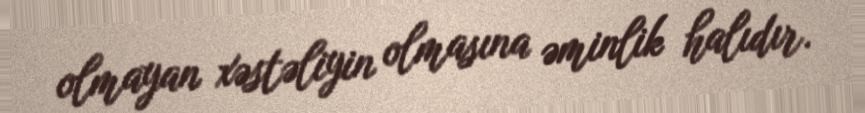
olmayan xəstəliyin olmasına əminlik halıdır.